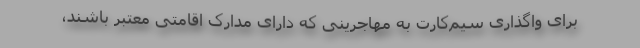
برای واگذاری سیم‌کارت به مهاجرینی که دارای مدارک اقامتی معتبر باشند،